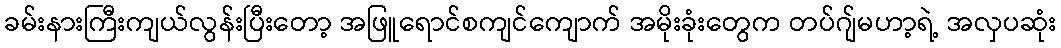
ခမ်းနားကြီးကျယ်လွန်းပြီးတော့ အဖြူရောင်စကျင်ကျောက် အမိုးခုံးတွေက တပ်ဂျ်မဟာ့ရဲ့ အလှပဆုံး